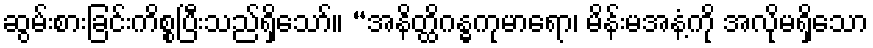
ဆွမ်းစားခြင်းကိစ္စပြီးသည်ရှိသော်။ “အနိတ္ထိဂန္ဓကုမာရော၊ မိန်းမအနံ့ကို အလိုမရှိသော